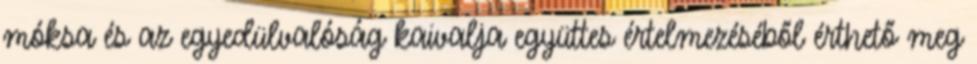
móksa és az egyedülvalóság kaivalja együttes értelmezéséből érthető meg